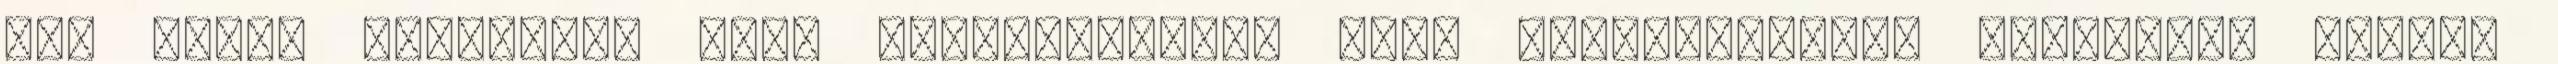
meg tudja mozgatni: akár önkéntesként, akár látogatóként. Alkossunk együtt